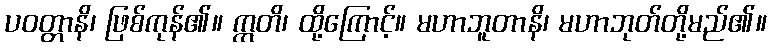
ပဝတ္တာနိ၊ ဖြစ်ကုန်၏။ ဣတိ၊ ထို့ကြောင့်။ မဟာဘူတာနိ၊ မဟာဘုတ်တို့မည်၏။